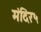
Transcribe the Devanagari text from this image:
मंदिर५